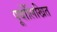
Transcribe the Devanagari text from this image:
पूर्वोलिखित